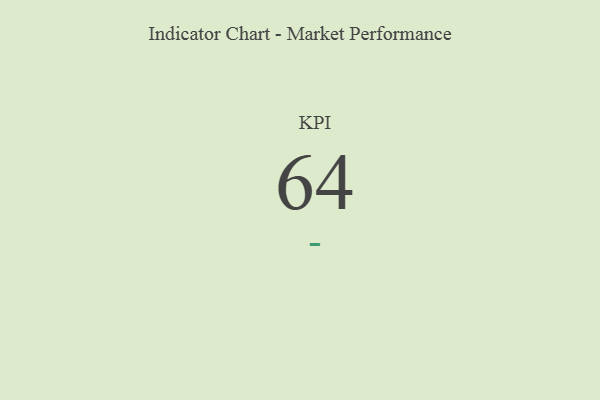
{"axis": {"x": "KPI", "y": "Value"}, "legend": [""], "data": [{"x": "KPI", "y": 64, "type": ""}]}